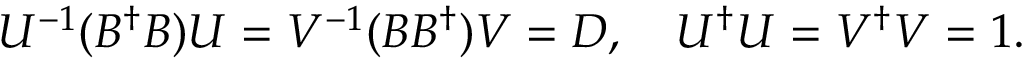
U ^ { - 1 } ( B ^ { \dagger } B ) U = V ^ { - 1 } ( B B ^ { \dagger } ) V = D , \quad U ^ { \dagger } U = V ^ { \dagger } V = 1 .